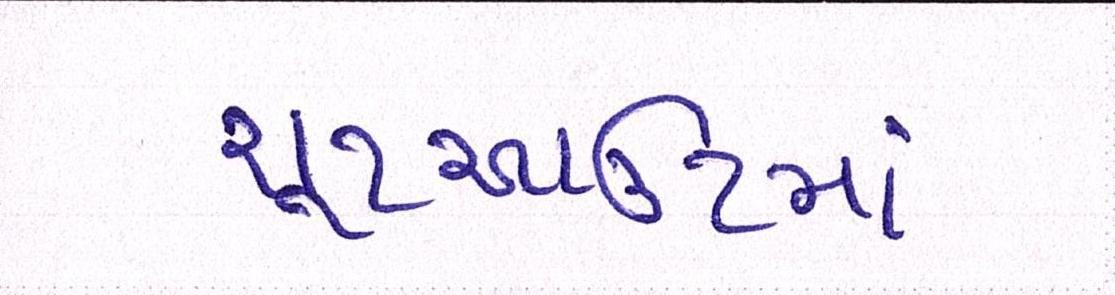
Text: શૂટઆઉટમાં